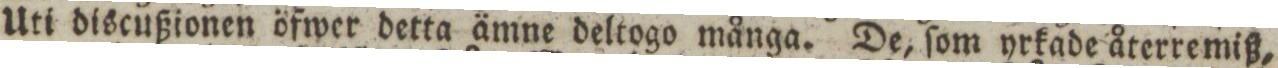
Uti discußionen öfwer detta ämne deltogo många. De, ſom yrkade återremiß,